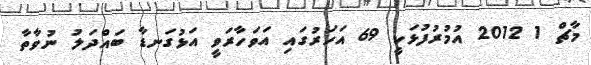
މާޗް 1 2012 އުމުރުފުޅަކީ 69 އަހަރުގައި އަވަހާރަވީ އަޅުގަނޑާ ބައްދަލު ނުވާތާ